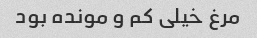
مرغ خیلی کم و مونده بود